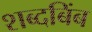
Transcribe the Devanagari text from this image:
शब्दबिंब